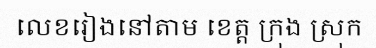
លេខរៀងនៅតាម ខេត្ត ក្រុង ស្រុក